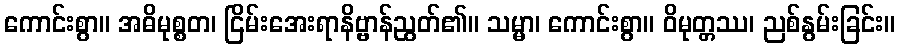
ကောင်းစွာ။ အဓိမုစ္စတ၊ ငြိမ်းအေးရာနိဗ္ဗာန်ညွတ်၏။ သမ္မာ၊ ကောင်းစွာ။ ဝိမုတ္တဿ၊ ညစ်နွမ်းခြင်း။